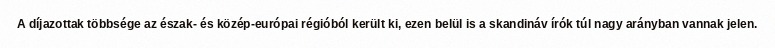
A díjazottak többsége az észak- és közép-európai régióból került ki, ezen belül is a skandináv írók túl nagy arányban vannak jelen.